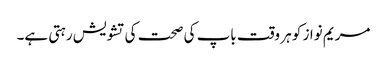
مریم نواز کو ہر وقت باپ کی صحت کی تشویش رہتی ہے۔